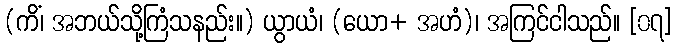
(ကိံ၊ အဘယ်သို့ကြံသနည်း။) ယွာယံ၊ (ယော+ အဟံ)၊ အကြင်ငါသည်။ [၀၇]